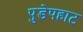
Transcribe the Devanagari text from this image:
पुडेपहाट